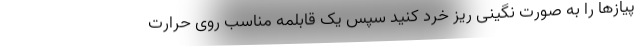
پیازها را به صورت نگینی ریز خرد کنید سپس یک قابلمه مناسب روی حرارت